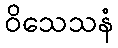
ဝိသေသနံ